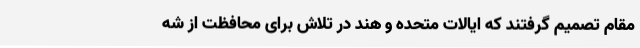
مقام تصمیم گرفتند که ایالات متحده و هند در تلاش برای محافظت از شه